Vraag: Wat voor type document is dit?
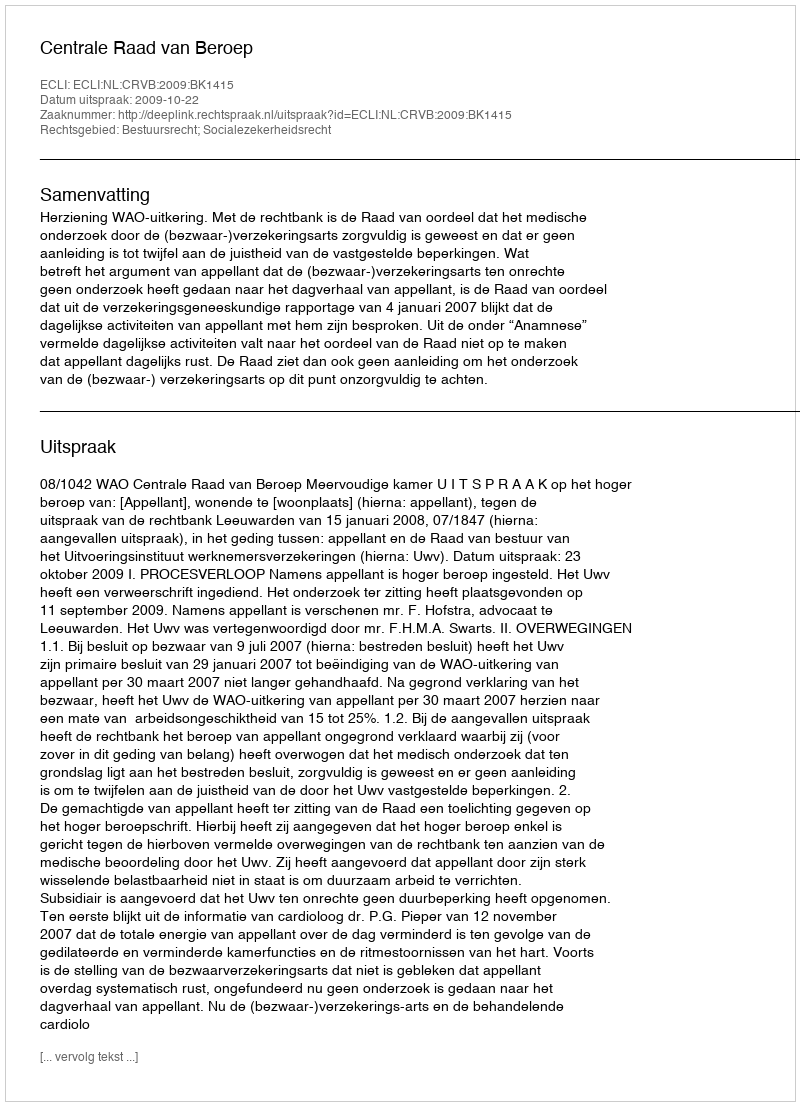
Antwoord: Uitspraak